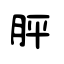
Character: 胓